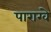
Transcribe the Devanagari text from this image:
पाराग्वे